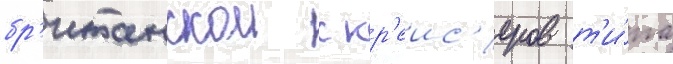
бр'итанскои с кр'еис'еров т'и́па